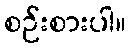
စဉ်းစားပါ။